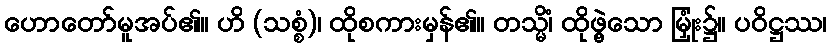
ဟောတော်မူအပ်၏။ ဟိ (သစ္စံ)၊ ထိုစကားမှန်၏။ တသ္မိံ၊ ထိုဖွဲ့သော မြှုံး၌။ ပဝိဋ္ဌဿ၊